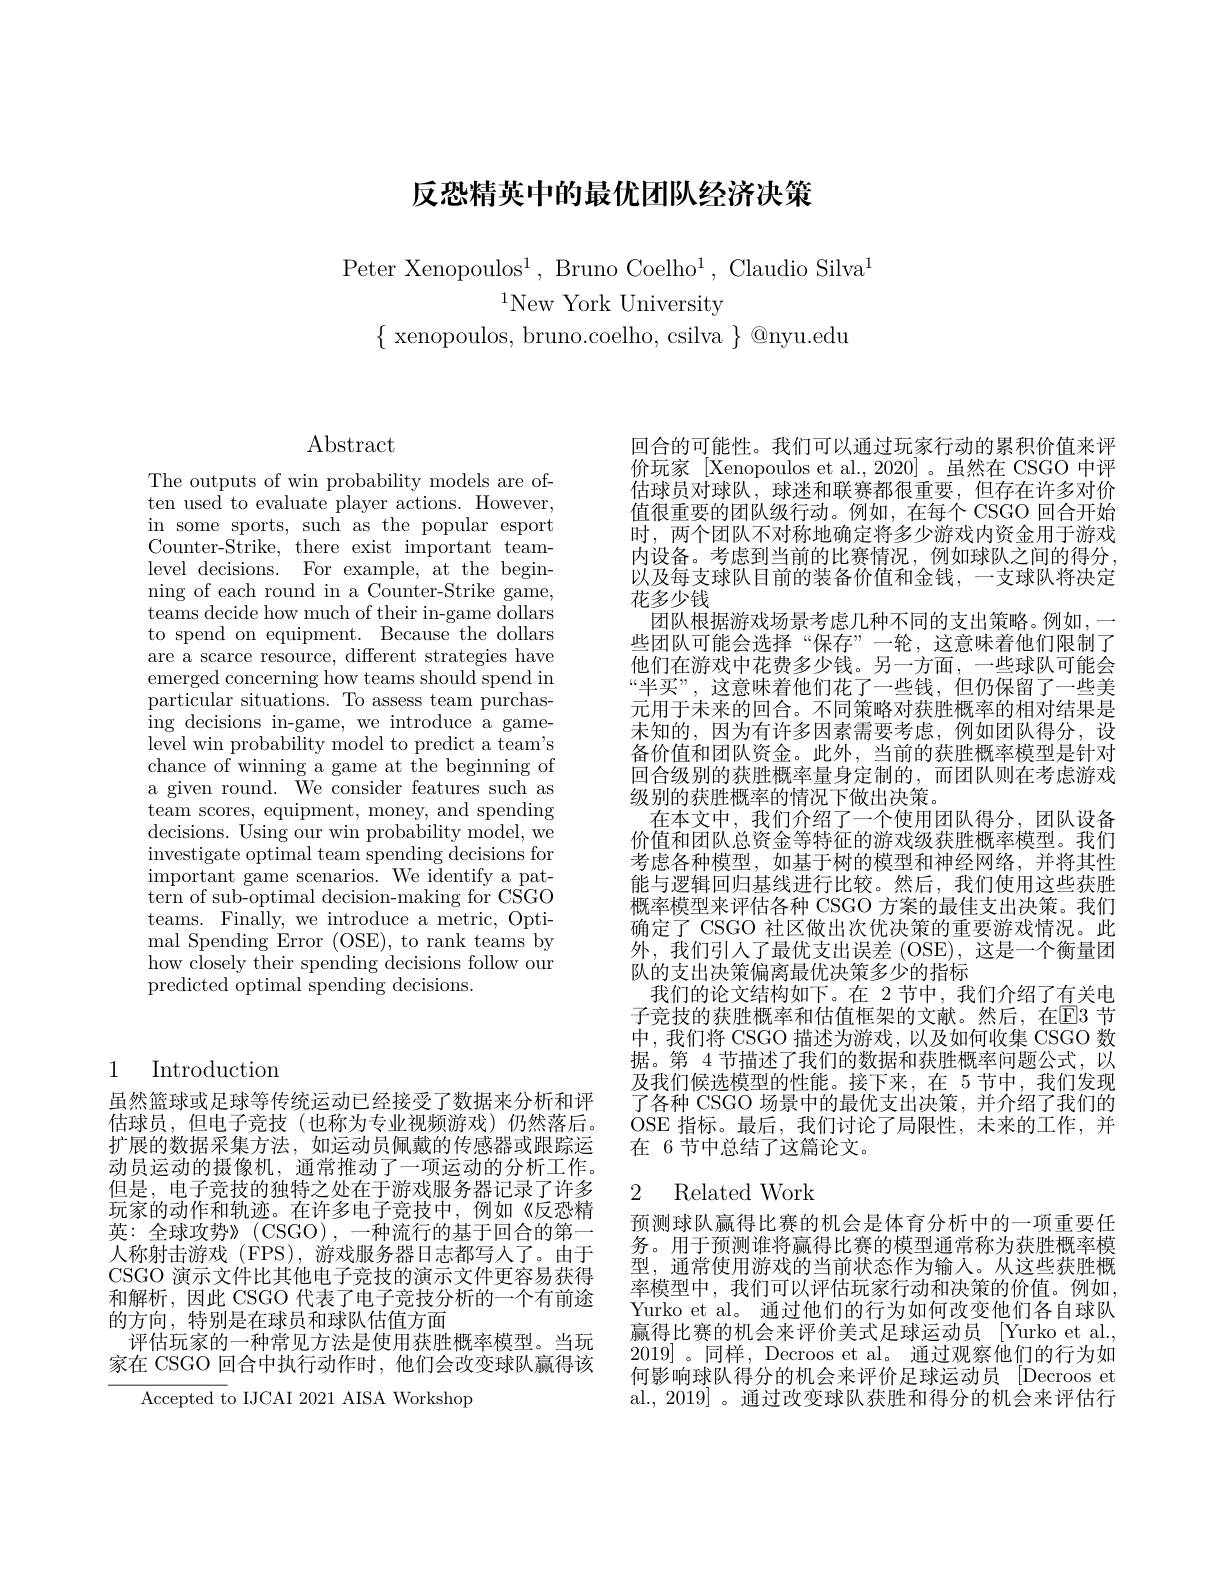
# 反恐精英中的最优团队经济决策

Peter Xenopoulos$^1$, Bruno Coelho$^1$, Claudio Silva$^1$
$^{1}$New York University
$\{$ xenopoulos, bruno.coelho, csilva $\}@$nyu.edu

# 1 Introduction

虽然篮球或足球等传统运动已经接受了数据来分析和评估球员，但电子竞技(也称为专业视频游戏)仍然落后。扩展的数据采集方法，如运动员佩戴的传感器或跟踪运动员运动的摄像机，通常推动了一项运动的分析工作。但是，电子竞技的独特之处在于游戏服务器记录了许多玩家的动作和轨迹。在许多电子竞技中，例如《反恐精英：全球攻势》(CSGO),一种流行的基于回合的第一人称射击游戏(FPS),游戏服务器日志都写人了。由于CSGO 演示文件比其他电子竞技的演示文件更容易获得和解析，因此 CSGO 代表了电子竞技分析的一个有前途的方向，特别是在球员和球队估值方面
评估玩家的一种常见方法是使用获胜概率模型。当玩家在 CSGO 回合中执行动作时，他们会改变球队赢得该

Accepted to IJCAI 2021 AISA Workshop

$\operatorname{Abstract}$

The outputs of win probability models are often used to evaluate player actions. However, in some sports, such as the popular esport Counter-Strike, there exist important teamlevel decisions. For example, at the beginning of each round in a Counter-Strike game, teams decide how much of their in-game dollars to spend on equipment. Because the dollars are a scarce resource, different strategies have emerged concerning how teams should spend in particular situations. To assess team purchasing decisions in-game, we introduce a game- $\bar{\text{level win probability model to predict a team's}}$ chance of winning a game at the beginning of a given round. We consider features such as team scores, equipment, money, and spending decisions. Using our win probability model, we investigate optimal team spending decisions for important game scenarios. We identify a pat- ${\dot{\text{tern of sub-optimal decision-making for CSGO}}}$ teams. Finally, we introduce a metric, Optimal Spending Error (OSE), to rank teams by how closely their spending decisions follow our predicted optimal spending decisions.

回合的可能性。我们可以通过玩家行动的累积价值来评价玩家 [Xenopoulos et al.,2020]。虽然在 CSGO 中评估球员对球队，球迷和联赛都很重要，但存在许多对价值很重要的团队级行动。例如，在每个 CSGO 回合开始时，两个团队不对称地确定将多少游戏内资金用于游戏内设备。考虑到当前的比赛情况，例如球队之间的得分， 以及每支球队目前的装备价值和金钱，一支球队将决定花多少钱
团队根据游戏场景考虑几种不同的支出策略。例如，一些团队可能会选择“保存”一轮，这意味着他们限制了他们在游戏中花费多少钱。另一方面，一些球队可能会“半买”,这意味着他们花了一些钱，但仍保留了一些美元用于未来的回合。不同策略对获胜概率的相对结果是未知的，因为有许多因素需要考虑，例如团队得分，设备价值和团队资金。此外，当前的获胜概率模型是针对回合级别的获胜概率量身定制的，而团队则在考虑游戏级别的获胜概率的情况下做出决策。
在本文中，我们介绍了一个使用团队得分，团队设备价值和团队总资金等特征的游戏级获胜概率模型。我们考虑各种模型，如基于树的模型和神经网络，并将其性能与逻辑回归基线进行比较。然后，我们使用这些获胜概率模型来评估各种 CSGO 方案的最佳支出决策。我们确定了 CSGO 社区做出次优决策的重要游戏情况。此外，我们引人了最优支出误差 (OSE), 这是一个衡量团队的支出决策偏离最优决策多少的指标
我们的论文结构如下。在 2 节中，我们介绍了有关电子竞技的获胜概率和估值框架的文献。然后，在$\mathbb{E}$3 节中，我们将 CSGO 描述为游戏，以及如何收集 CSGO 数据。第 4节描述了我们的数据和获胜概率问题公式，以及我们候选模型的性能。接下来，在 5节中，我们发现了各种 CSGO 场景中的最优支出决策，并介绍了我们的OSE 指标。最后，我们讨论了局限性，未来的工作，并在 6 节中总结了这篇论文。

### 2 Related Work

预测球队赢得比赛的机会是体育分析中的一项重要任务。用于预测谁将赢得比赛的模型通常称为获胜概率模型，通常使用游戏的当前状态作为输入。从这些获胜概率模型中，我们可以评估玩家行动和决策的价值。例如， Yurko et al。通过他们的行为如何改变他们各自球队赢得比赛的机会来评价美式足球运动员 [Yurko et al., 2019]。同样，Decroos et al。通过观察他们的行为如何影响球队得分的机会来评价足球运动员[Decroos et al., 2019] 。通过改变球队获胜和得分的机会来评估行